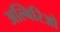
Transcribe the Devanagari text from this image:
अल्बिरिओ